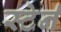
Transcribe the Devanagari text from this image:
स्टेर्न